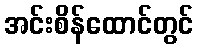
အင်းစိန်ထောင်တွင်